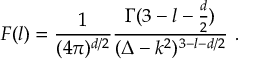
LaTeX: F ( l ) = { \frac { 1 } { ( 4 \pi ) ^ { d / 2 } } } { \frac { \Gamma ( 3 - l - { \frac { d } { 2 } } ) } { ( \Delta - k ^ { 2 } ) ^ { 3 - l - d / 2 } } } \ .